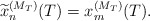
\begin{align*}\widetilde{x}_n^{(M_T)}(T)=x_m^{(M_T)}(T).\end{align*}